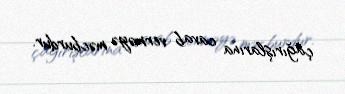
çağırışlarına cavab verməyə məcburdur.